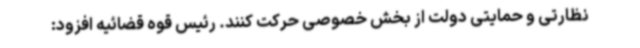
نظارتی و حمایتی دولت از بخش خصوصی حرکت کنند. رئیس قوه قضائیه افزود: